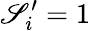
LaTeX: \mathscr{S}_{i}^{\prime}=1